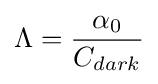
\Lambda ={\frac {\alpha _{0}}{C_{dark}}}